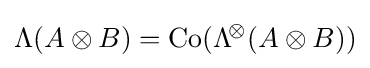
\mathrm {\Lambda } (A\otimes B)=\mathrm {Co} (\mathrm {\Lambda } ^{\!\otimes }\!\left({A\otimes B}\right))